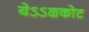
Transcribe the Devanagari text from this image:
येऽऽळकोट